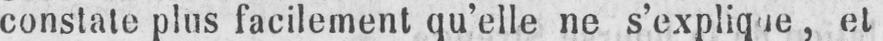
constate plus facilement qu’elle ne s’explique, et